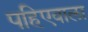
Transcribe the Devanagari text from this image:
पहिएवाला